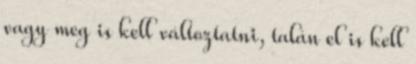
vagy meg is kell változtatni, talán el is kell